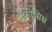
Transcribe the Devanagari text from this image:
इंफ़ोसिस